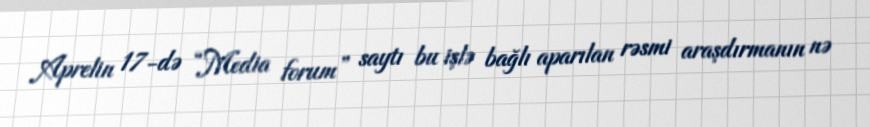
Aprelin 17-də “Media forum” saytı bu işlə bağlı aparılan rəsmi araşdırmanın nə